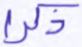
ذكرا